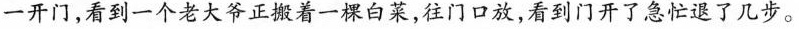
一开门，看到一个老大爷正着一棵白菜，往门口放，看到门开了急忙退了几步。